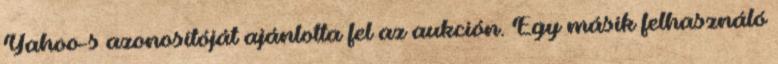
Yahoo-s azonosítóját ajánlotta fel az aukción. Egy másik felhasználó